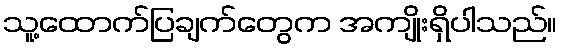
သူ့ထောက်ပြချက်တွေက အကျိုးရှိပါသည်။